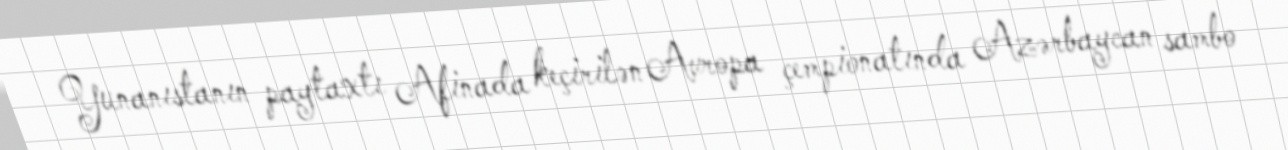
Yunanıstanın paytaxtı Afinada keçirilən Avropa çempionatında Azərbaycan sambo